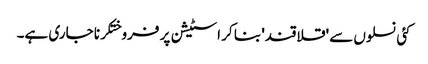
کئی نسلوں سے 'قلاقند' بنا کر اسٹیشن پر فروختکرنا جاری ہے۔